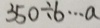
3 5 0 \div b \cdots a